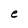
Character: e